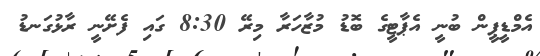
އެމްޑީޕީން ބުނީ އެޕާޓީގެ ބޮޑު މުޒާހަރާ މިރޭ 8:30 ގައި ފެށޭނީ ރާޅުގަނޑު